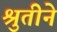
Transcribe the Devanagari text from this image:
श्रुतीने